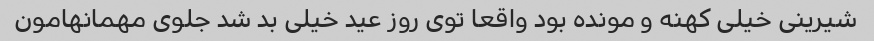
شیرینی خیلی کهنه و مونده بود واقعا توی روز عید خیلی بد شد جلوی مهمانهامون